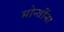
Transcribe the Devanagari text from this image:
मोन्तींना